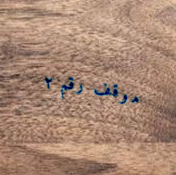
موقف رقم ٢